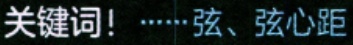
关键词！······弦、弦心距